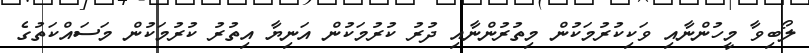
ލޯބިވާ މީހުންނާއި ވަކިކުރުމަކުން މިތުރުންނާއި ދުރު ކުރުމަކުން އަނިޔާ އިތުރު ކުރުމަކުން މަސައްކަތުގެ